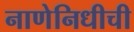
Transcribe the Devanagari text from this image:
नाणेनिधीची